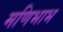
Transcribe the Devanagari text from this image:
मणिभाभ